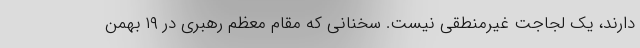
دارند، یک لجاجت غیرمنطقی نیست. سخنانی که مقام معظم رهبری در ۱۹ بهمن